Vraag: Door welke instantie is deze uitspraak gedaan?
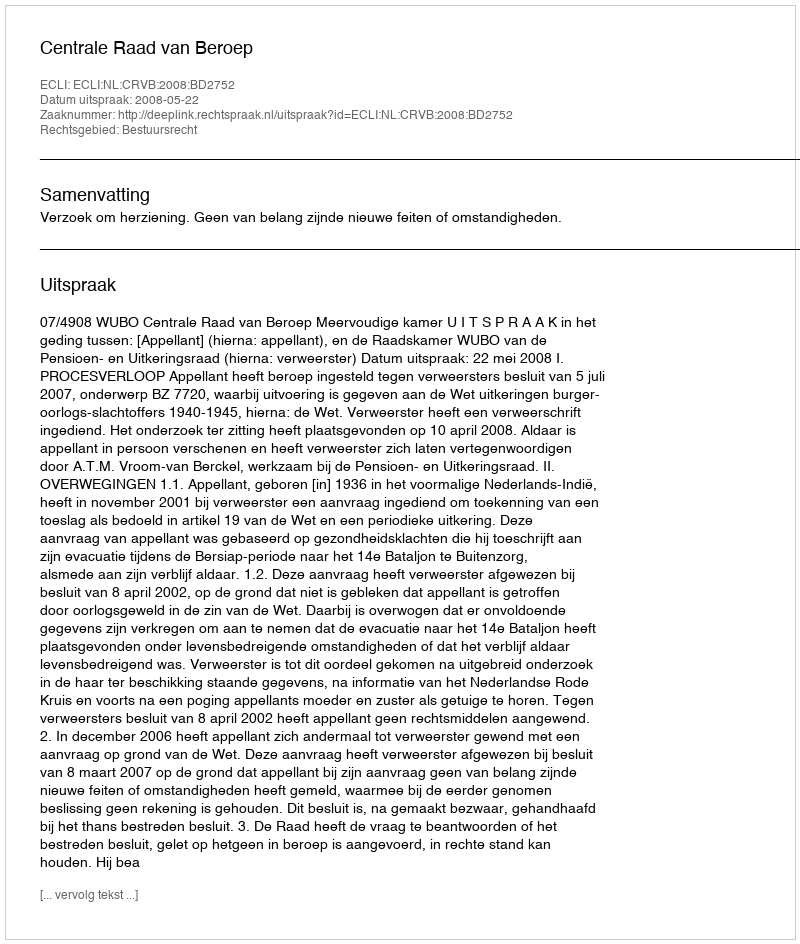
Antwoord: Centrale Raad van Beroep